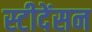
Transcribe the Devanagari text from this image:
स्टीदेंसन